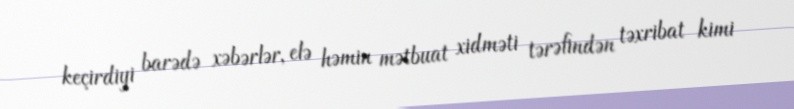
keçirdiyi barədə xəbərlər, elə həmin mətbuat xidməti tərəfindən təxribat kimi